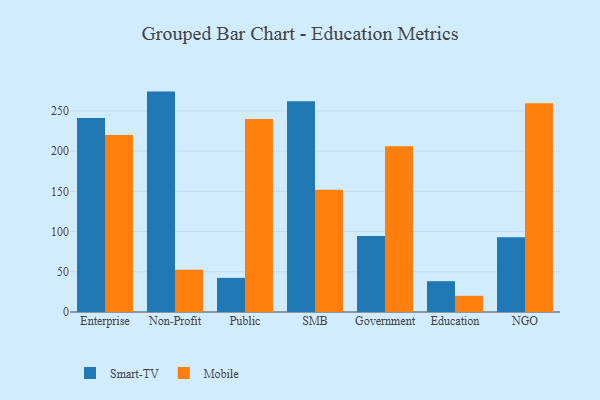
{"axis": {"x": "Segment", "y": "Waste Production (Tons)"}, "legend": ["Mobile", "Smart-TV"], "data": [{"x": "Enterprise", "y": 241.2, "type": "Smart-TV"}, {"x": "Enterprise", "y": 220.0, "type": "Mobile"}, {"x": "Non-Profit", "y": 274.0, "type": "Smart-TV"}, {"x": "Non-Profit", "y": 52.4, "type": "Mobile"}, {"x": "Public", "y": 42.4, "type": "Smart-TV"}, {"x": "Public", "y": 240.0, "type": "Mobile"}, {"x": "SMB", "y": 262.0, "type": "Smart-TV"}, {"x": "SMB", "y": 151.9, "type": "Mobile"}, {"x": "Government", "y": 94.5, "type": "Smart-TV"}, {"x": "Government", "y": 206.1, "type": "Mobile"}, {"x": "Education", "y": 38.3, "type": "Smart-TV"}, {"x": "Education", "y": 20.1, "type": "Mobile"}, {"x": "NGO", "y": 92.9, "type": "Smart-TV"}, {"x": "NGO", "y": 259.5, "type": "Mobile"}]}